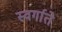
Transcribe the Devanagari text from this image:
स्वर्गाते